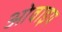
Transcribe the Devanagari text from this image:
ओवाइय